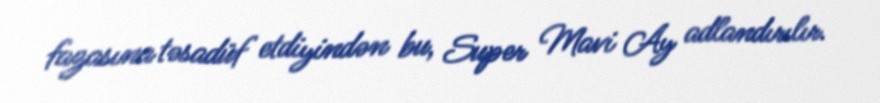
fazasına təsadüf etdiyindən bu, Super Mavi Ay adlandırılır.